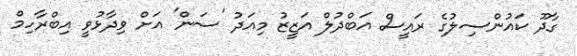
ގާދޫ ކައުންސިލުގެ ރައީސް އަބްދުލް އަޒީޒު މިއަދު 'ސަން' އަށް ވިދާޅުވީ އިބްރާހިމް